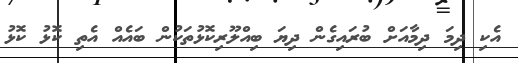
އެކި ދިމަ ދިމާއަށް ބުރައިގެން ދިޔަ ބިއްލޫރިކޮޅުތަކުން ބައެއް އެތި ކޮޅު ކޮޅު